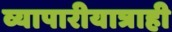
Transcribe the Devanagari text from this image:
व्यापारीयात्राही